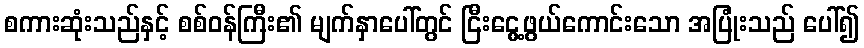
စကားဆုံးသည်နှင့် စစ်ဝန်ကြီး၏ မျက်နှာပေါ်တွင် ငြီးငွေ့ဖွယ်ကောင်းသော အပြုံးသည် ပေါ်၍